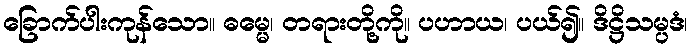
ခြောက်ပါးကုန်သော။ ဓမ္မေ၊ တရားတို့ကို။ ပဟာယ၊ ပယ်၍။ ဒိဋ္ဌိသမ္ပဒံ၊